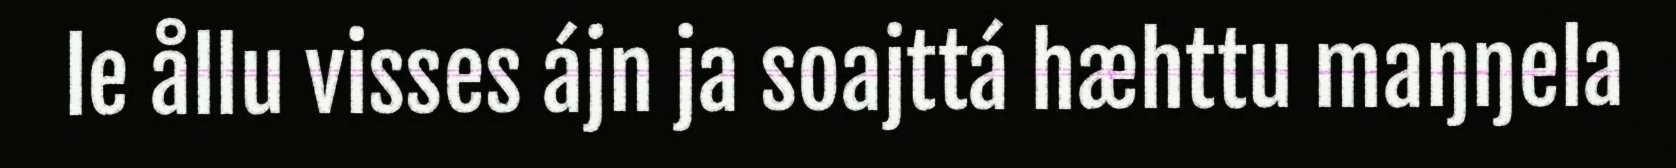
le ållu visses ájn ja soajttá hæhttu maŋŋela